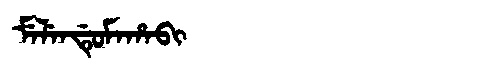
Manchu: ᠮᡝᠯᡝᠨᡩᡠᠮᠠᡥᠠᠪᡳ
Romanization: MELENDUMAHABI